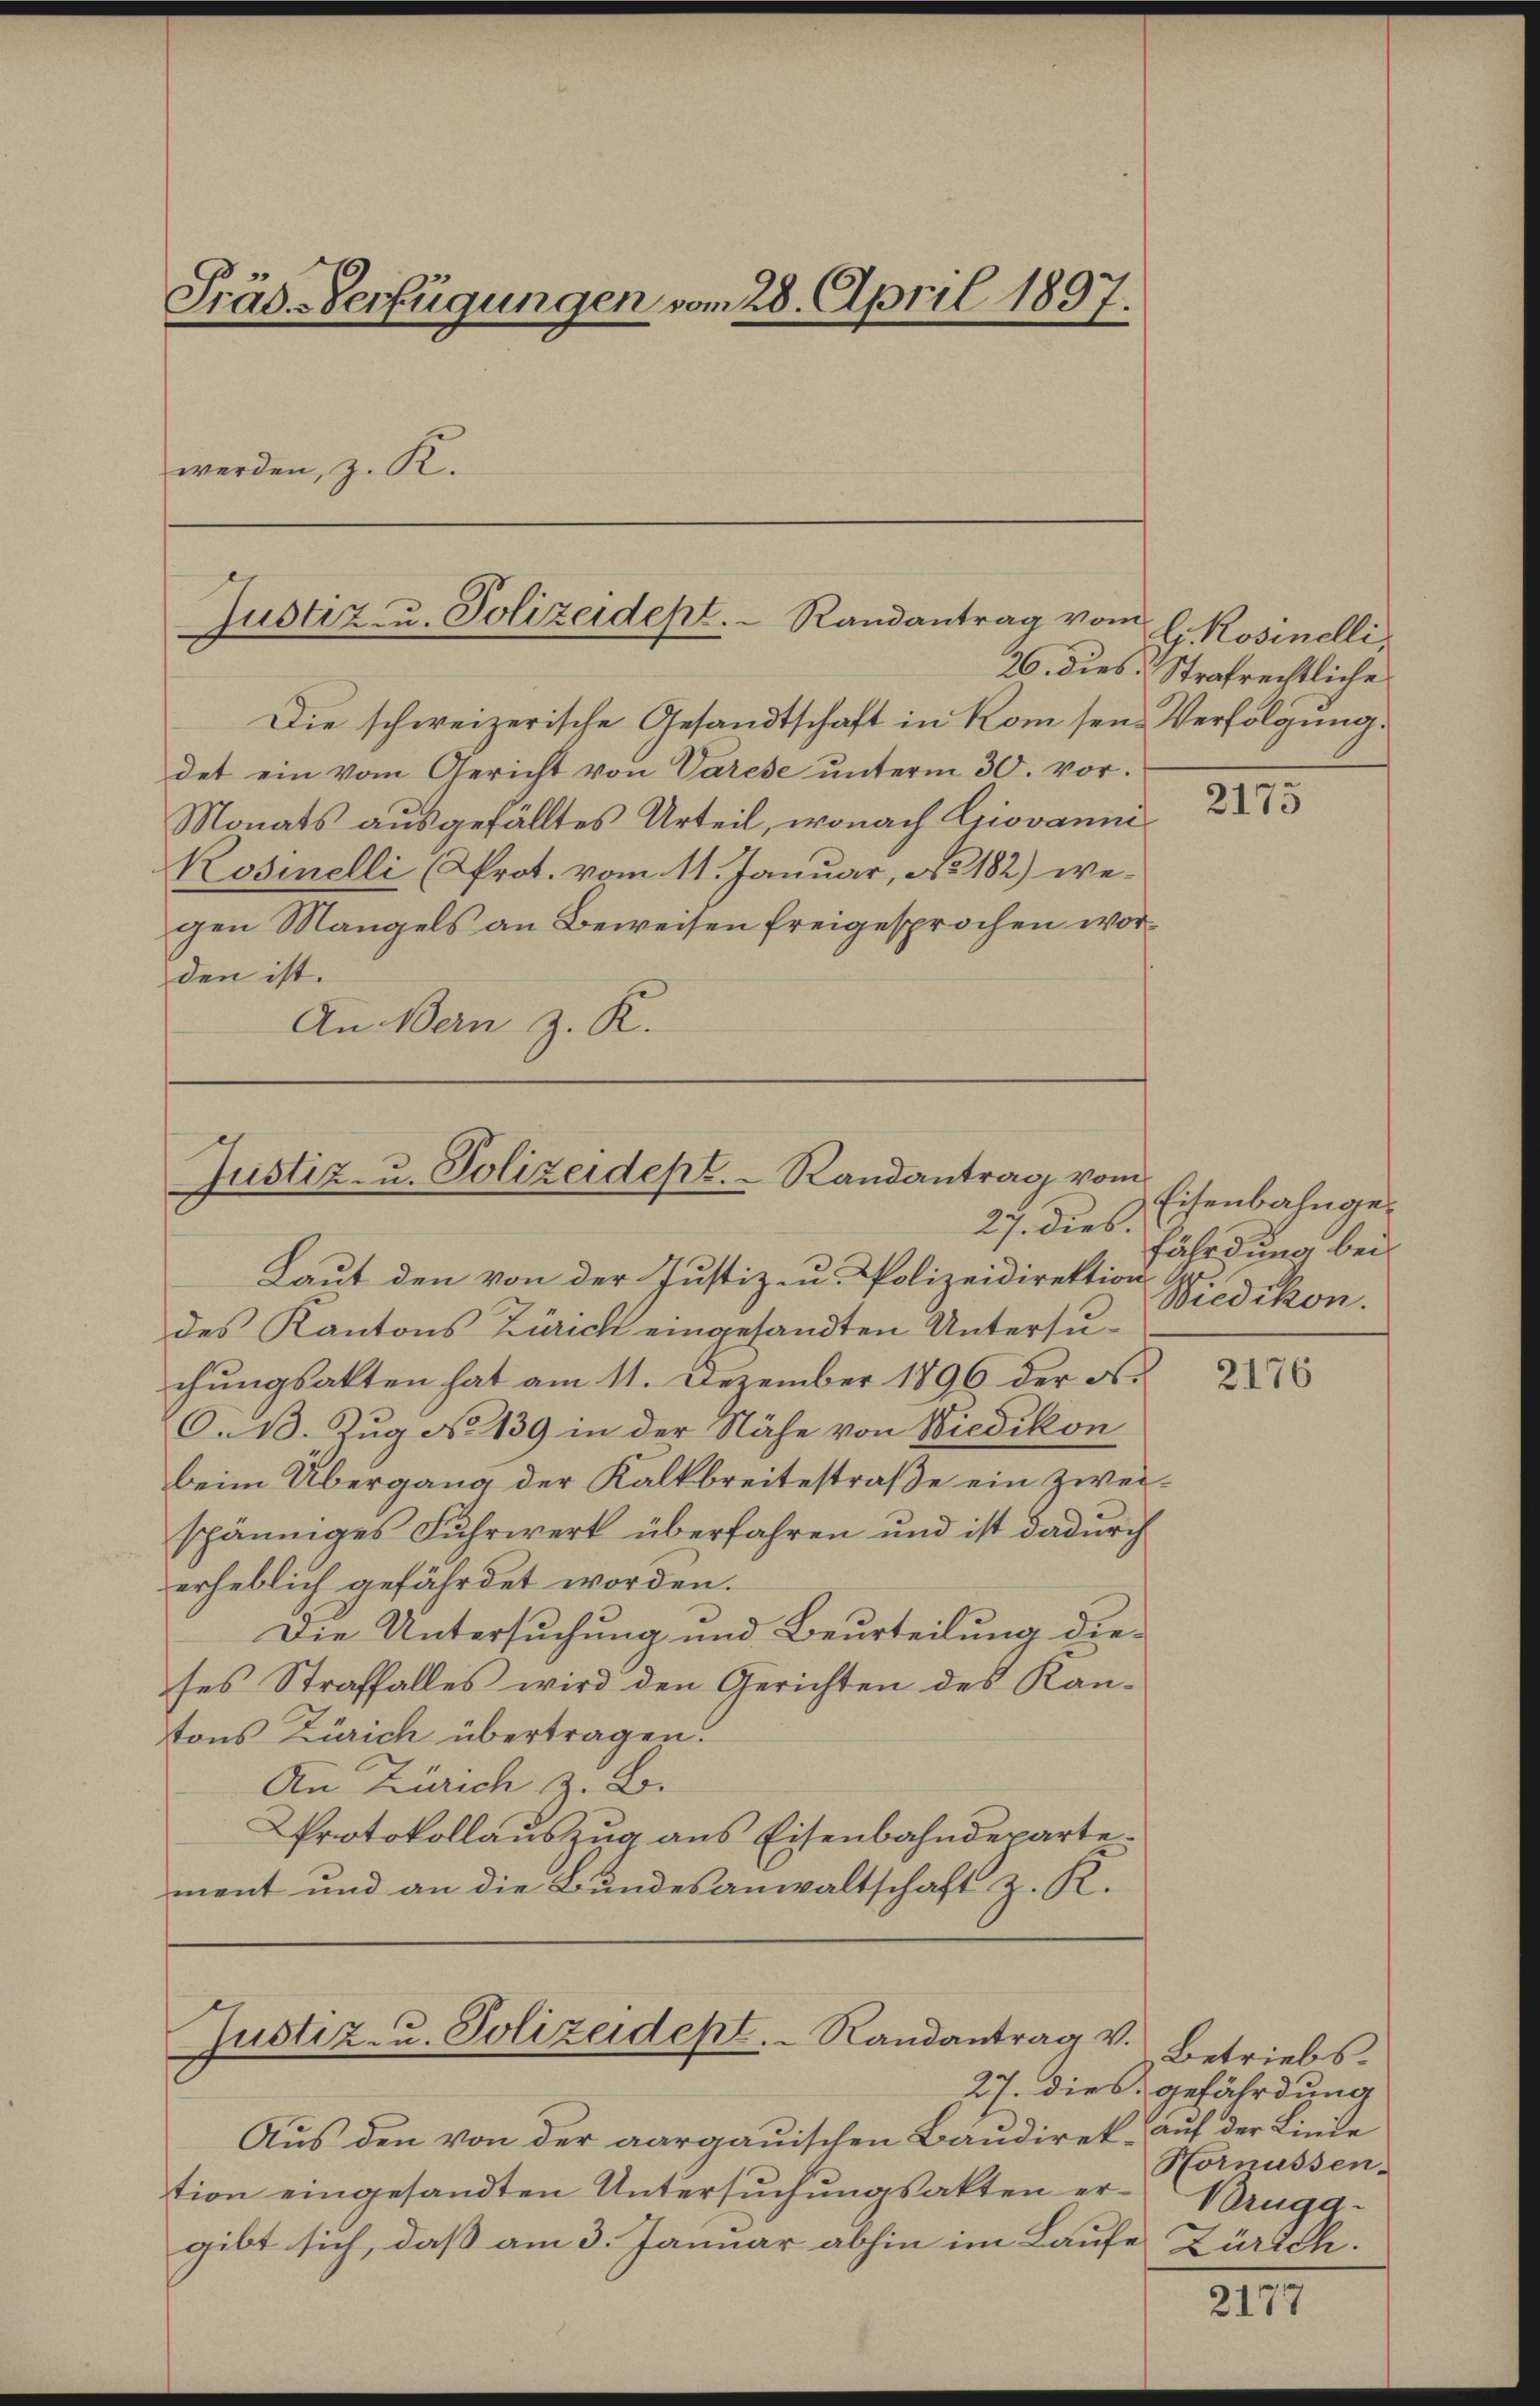
Präs-Verfügungen vom 28. April 1897.
werden, z. R.

Justiz- u. Polizeidept. Randantrag vom

Justiz- u. Polizeidept. Randantrag vom
27. dies.

Justiz- u. Polizeidept. Randantrag v.

Die schweizerische Gesandtschaft in Rom seine Verfolgung.
det ein vom Gericht von Varese ŭnterm 30. vor.
Monats ausgefälltes Urteil, wonach Griovanni¬
Kosinelli (Prot. vom 11. Januar, a. 2182) wegen Mangels an Beweisen freigesprochen worden ist.
An Bern z. K.

Laut den von der Justiz- u. Polizeidirektion
des Kantons Zürich eingesandten Untersuchungsakten hat am 11. Dezember 1896 der ob¬
C. 13. Zug No 139 in der Nähe von Wiedikon
beim Übergang der Kalkbreitestraße ein Zweispänniges Fuhrwerk überfahren und ist dadurch
erheblich gefährdet worden.
Die Untersuchung und Beurteilung dieses Straffalles wird den Gerichten des Kanttons Zürich übertragen.
An Zürich z. B.
Protokollauszug aus Eisenbahndepartement und an die Bundesanwaltschaft z. K.

G. Rosinelli,
26. dies Strafrechtliche

Aus den von der aargauischen Baudirek auf der Linde
tion eingesandten Untersuchungsakten ergibt sich, daß am 3. Januar abhin im Laufe Zürich.

2173

Eisenbahngefährdung bei
Wiedikon.

2176

Betriebs
27. dies gefährdung
Hornussen.
Bruga¬

2177